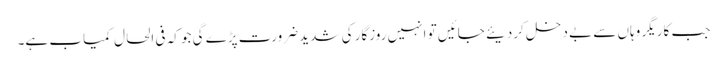
جب کاریگر وہاں سے بے دخل کردیئے جائیں تو انہیں روزگار کی شدید ضرورت پڑے گی جو کہ فی الحال کمیاب ہے۔